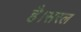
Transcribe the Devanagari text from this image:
है।सरल